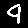
Digit: 9